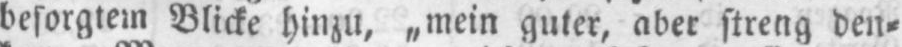
Blicke hinzu, „mein guter, aber streng den⸗